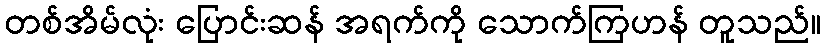
တစ်အိမ်လုံး ပြောင်းဆန် အရက်ကို သောက်ကြဟန် တူသည်။